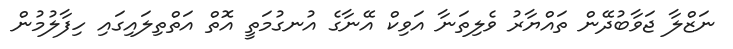
ނަޒްލާ ޖަވާބުދޭން ތައްޔާރު ވެލިތަނާ އަވިކް އޭނާގެ އުނގުމަތީ އޮތް އަތްތިލައިގައި ހިފާލުމުން